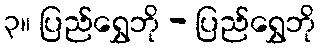
၃။ ပြည်ရွှေဘို - ပြည်ရွှေဘို